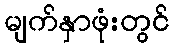
မျက်နှာဖုံးတွင်